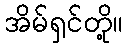
အိမ်ရှင်တို့။